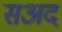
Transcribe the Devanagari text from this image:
सअद